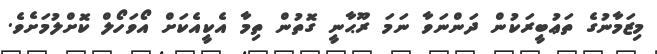
މިޒަމާނުގެ ތަޢުބީރަކުން ދަންނަވާ ނަމަ ރޫޙާނީ ގޮތުން ތިމާ އެކީއެކަށް އޯވަހޯލް ކޮށްލުމަށެވެ.